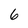
Character: 6